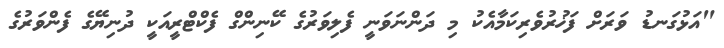
"އަޅުގަނޑު ވަރަށް ފަޚުރުވެރިކަމާއެކު މި ދަންނަވަނީ ފެލިވަރުގެ ކޭނިންގް ފެކްޓްރީއަކީ ދުނިޔޭގެ ފެންވަރުގެ